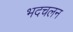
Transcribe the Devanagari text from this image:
भदचलन